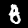
Digit: 8